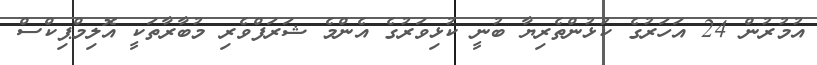
އުމުރުން 24 އަހަރުގެ ކުޅުންތެރިޔާ ބުނީ ކުޅިވަރުގެ އެންމެ ޝަރަފްވެރި މުބާރާތަކީ އޮލިމްޕިކްސް